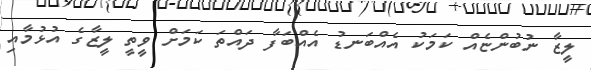
ލީޒާ ނުބުންޏެއް ކަމަކު އެއްބަނޑު އެއްބަފާ ދައްތަ ކަމަށް ވީތީ ލީޒާގެ އުޅުމާއި